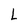
Character: L